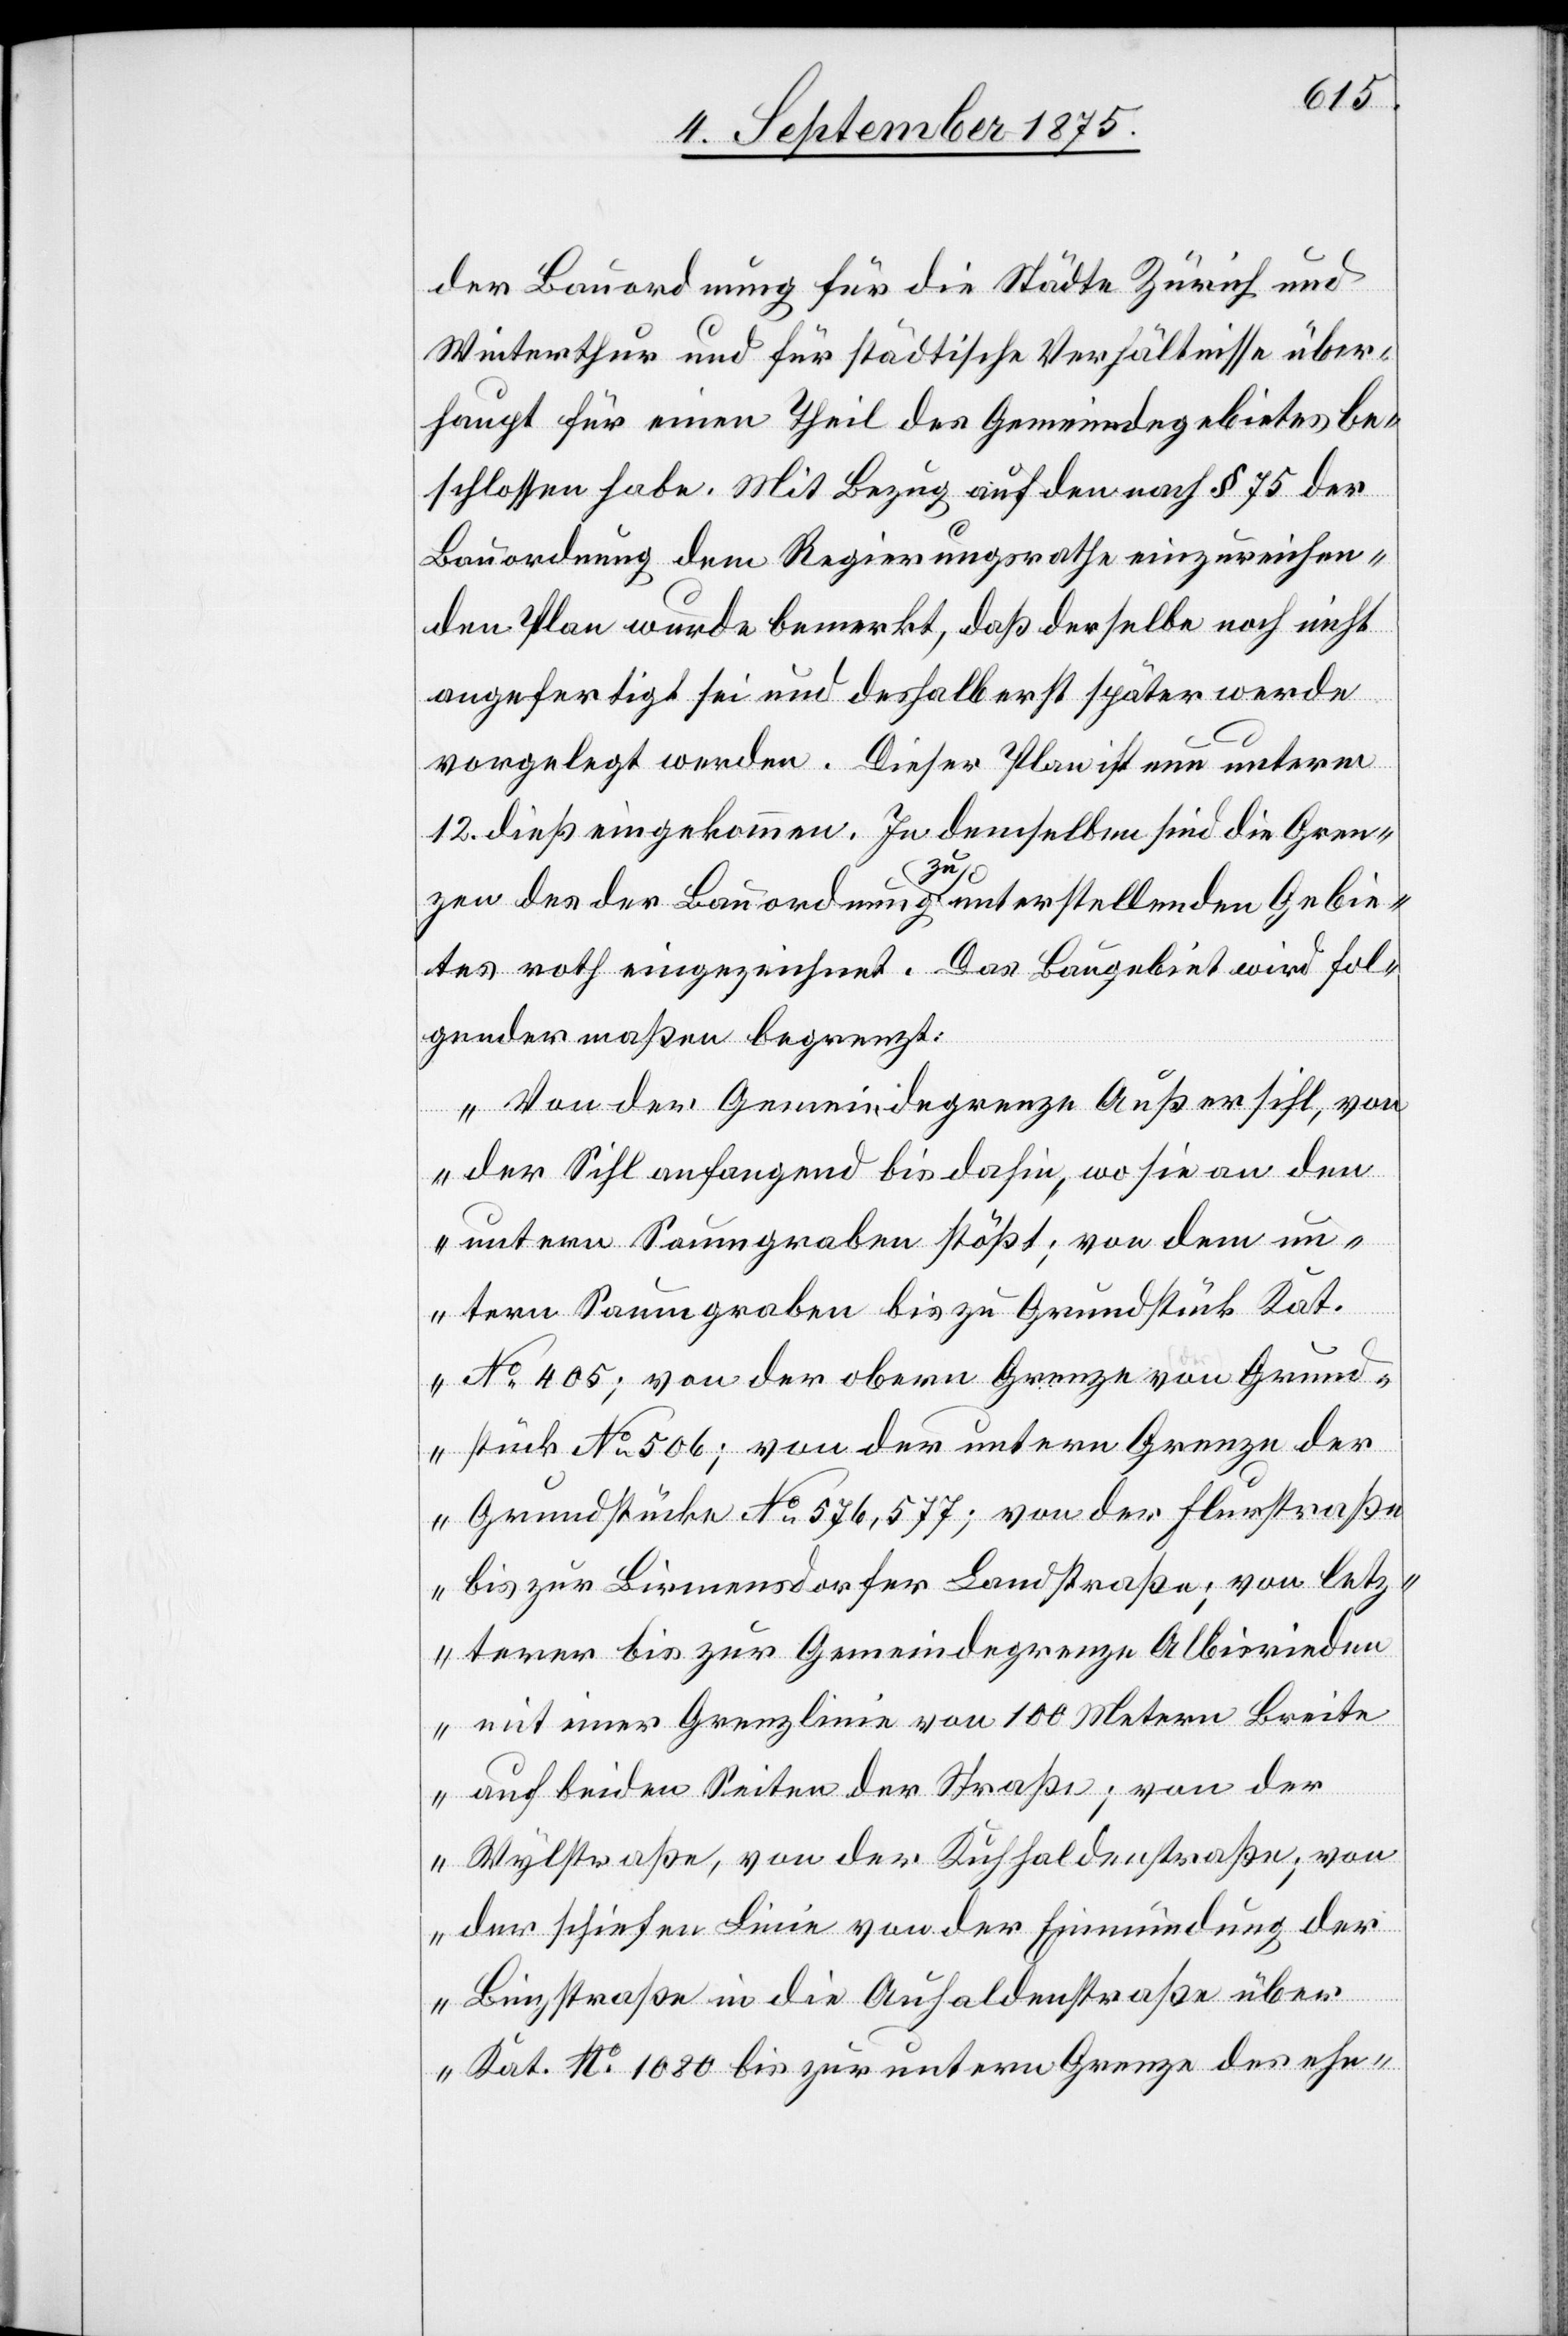
der Bauordnung für die Städte Zürich und
Winterthur und für städtische Verhältnisse über¬
haupt für einen Theil des Gemeindegebietes be¬
schlossen habe. Mit Bezug auf den nach § 75 der
Bauordnung dem Regierungsrathe einzureichen¬
den Plan wurde bemerkt, daß derselbe noch nicht
angefertigt sei und deshalb erst später werde
vorgelegt werden. Dieser Plan ist nun unterm
12. dieß eingekommen. in demselben sind die Gren¬
zen des der Bauordnung zu unterstellenden Gebie¬
tes roth eingezeichnet. Das Baugebiet wird fol¬
gendermaßen begrenzt:
„Von der Gemeindegrenze Außersihl, von
der Sihl anfangend bis dahin, wo sie an den
untern Saumgraben stößt; von dem un¬
tern Saumgraben bis zu Grundstück kat.
No 405; von der obern Grenze von Grund¬
stück No 506; von der untern Grenze der
Grundstücke No 576, 577; von der Flurstraße
bis zur Birmensdorfer Landstraße; von letz¬
terer bis zur Gemeindegrenze Albisrieden
mit einer Grenzlinie von 100 Metern Breite
auf beiden Seiten der Straße; von der
Wylstraße, von der Kuhhaldenstraße; von
der schiefen Linie von der Einmündung der
Binzstraße in die Auhaldenstraße über
Kat. No 1080 bis zur untern Grenze des ehe-